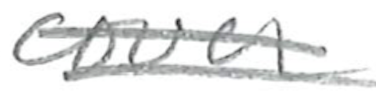
Text: cover
Cross-out: double-line
Writing tool: pencil